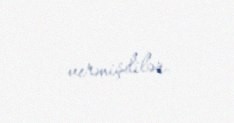
vermişdilər.